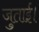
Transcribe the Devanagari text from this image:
जुताई।